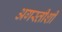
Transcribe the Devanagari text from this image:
अगस्तीशी